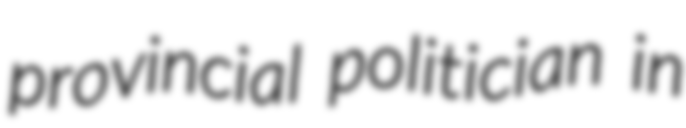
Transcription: provincial politician in